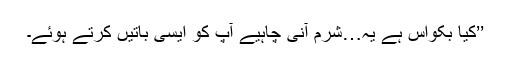
’’کیا بکواس ہے یہ…شرم آنی چاہیے آپ کو ایسی باتیں کرتے ہوئے۔